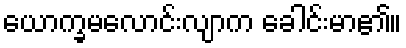
ယောက္ခမလောင်းလျာက ခေါင်းမာ၏။